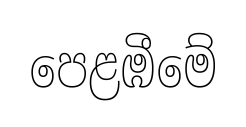
පෙළඹීමේ